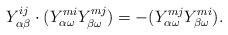
LaTeX: \begin{align*}Y_{\alpha\beta}^{ij}\cdot(Y_{\alpha\omega}^{mi}Y_{\beta\omega}^{mj})=-(Y_{\alpha\omega}^{mj}Y_{\beta\omega}^{mi}). \end{align*}